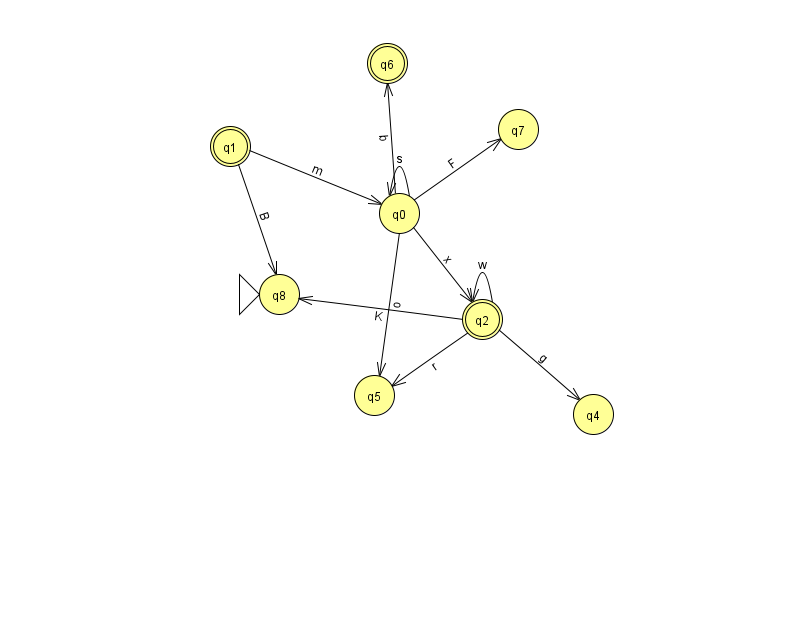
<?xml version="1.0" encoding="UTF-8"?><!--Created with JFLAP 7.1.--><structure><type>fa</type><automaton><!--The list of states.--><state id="0" name="q0"><x>399.0</x><y>200.0</y></state><state id="1" name="q1"><x>230.0</x><y>133.0</y><final/></state><state id="2" name="q2"><x>482.0</x><y>306.0</y><final/></state><state id="4" name="q4"><x>593.0</x><y>401.0</y></state><state id="5" name="q5"><x>374.0</x><y>382.0</y></state><state id="6" name="q6"><x>387.0</x><y>50.0</y><final/></state><state id="7" name="q7"><x>518.0</x><y>116.0</y></state><state id="8" name="q8"><x>279.0</x><y>281.0</y><initial/></state><!--The list of transitions.--><transition><from>2</from><to>5</to><read>r</read></transition><transition><from>0</from><to>5</to><read>o</read></transition><transition><from>0</from><to>7</to><read>F</read></transition><transition><from>1</from><to>0</to><read>m</read></transition><transition><from>0</from><to>0</to><read>s</read></transition><transition><from>0</from><to>2</to><read>x</read></transition><transition><from>1</from><to>8</to><read>B</read></transition><transition><from>2</from><to>2</to><read>w</read></transition><transition><from>0</from><to>6</to><read>b</read></transition><transition><from>2</from><to>8</to><read>K</read></transition><transition><from>2</from><to>4</to><read>g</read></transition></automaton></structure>